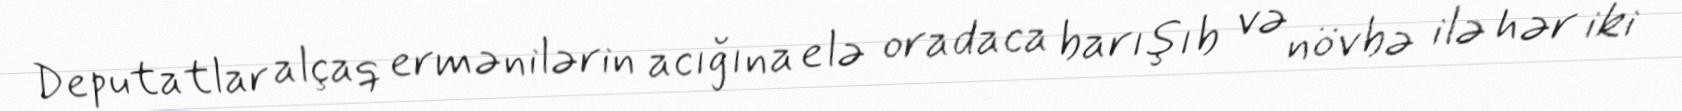
Deputatlar alçaq ermənilərin acığına elə oradaca barışıb və növbə ilə hər iki